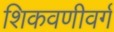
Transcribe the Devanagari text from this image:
शिकवणीवर्ग